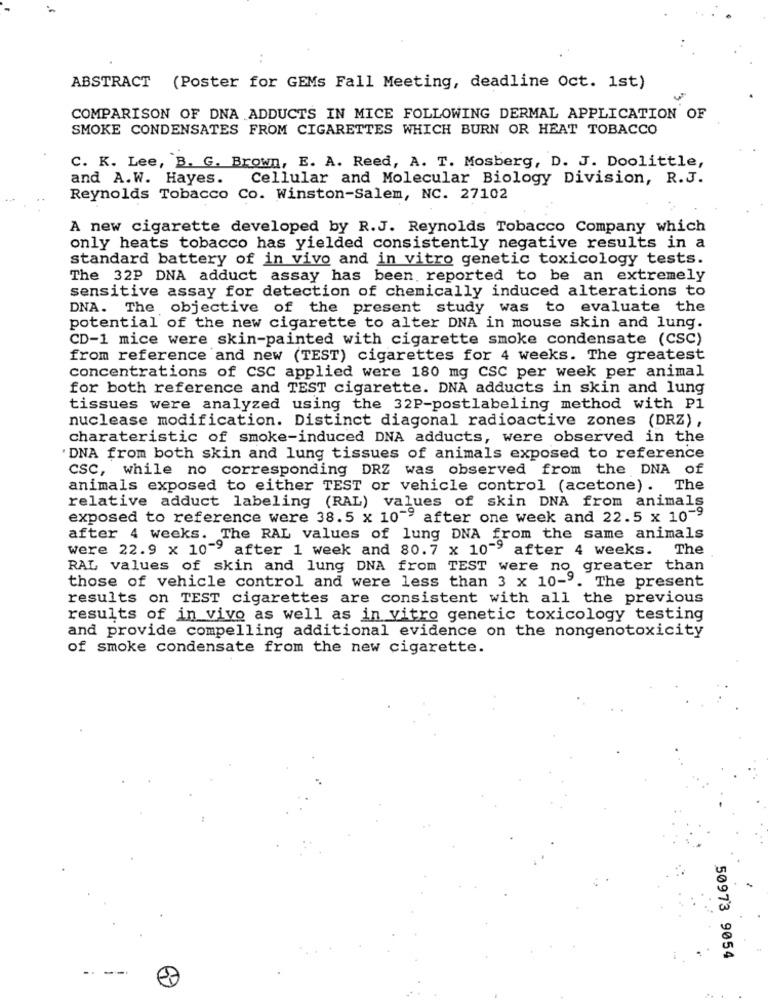
-
ABSTRACT (Poster for GEMs Fall Meeting, deadline Oct. 1st)
COMPARISON OF DNA ADDUCTS IN MICE FOLLOWING DERMAL APPLICATION OF
SMOKE CONDENSATES FROM CIGARETTES WHICH BURN OR HEAT TOBACCO
C. K. Lee, B. G. Brown, E. A. Reed, A. T. Mosberg, D. J. Doolittle,
and A.W. Hayes. Cellular and Molecular Biology Division, R.J.
Reynolds Tobacco Co. Winston-Salem, NC. 27102
A new cigarette developed by R.J. Reynolds Tobacco Company which
only heats tobacco has yielded consistently negative results in a
standard battery of in vivo and in vitro genetic toxicology tests.
The 32P DNA adduct assay has been reported to be an extremely
sensitive assay for detection of chemically induced alterations to
DNA. The objective of the present study was to evaluate the
potential of the new cigarette to alter DNA in mouse skin and lung.
CD-1 mice were skin-painted with cigarette smoke condensate (CSC)
from reference and new (TEST) cigarettes for 4 weeks. The greatest
concentrations of CSC applied were 180 mg CSC per week per animal
for both reference and TEST cigarette. DNA adducts in skin and lung
tissues were analyzed using the 32P-postlabeling method with Pl
nuclease modification. Distinct diagonal radioactive zones (DRZ),
charateristic of smoke-induced DNA adducts, were observed in the
DNA from both skin and lung tissues of animals exposed to reference
CSC, while no corresponding DRZ was observed from the DNA of
animals exposed to either TEST or vehicle control (acetone). The
relative adduct labeling (RAL) values of skin DNA from animals
exposed to reference were 38.5 x 10"" after one week and 22.5 x 10-9
after 4 weeks. The RAL values of lung DNA from the same animals
were 22.9 x 10"> after 1 week and 80.7 x 10"> after 4 weeks. The
RAL values of skin and lung DNA from TEST were no greater than
those of vehicle control and were less than 3 x 10-9. The present
results on TEST cigarettes are consistent with all the previous
results of in vivo as well as in vitro genetic toxicology testing
and provide compelling additional evidence on the nongenotoxicity
of smoke condensate from the new cigarette.
50973 9054
-- ---